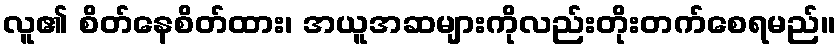
လူ၏ စိတ်နေစိတ်ထား၊ အယူအဆများကိုလည်းတိုးတက်စေရမည်။